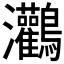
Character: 𪈸